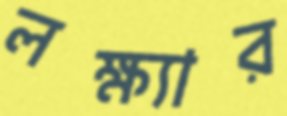
লক্ষ্যার